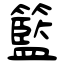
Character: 籃